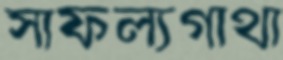
সাফল্যগাথা